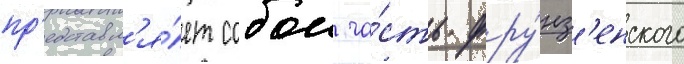
пр'едставл'я́ет собои ча́сть фру́нз'енского